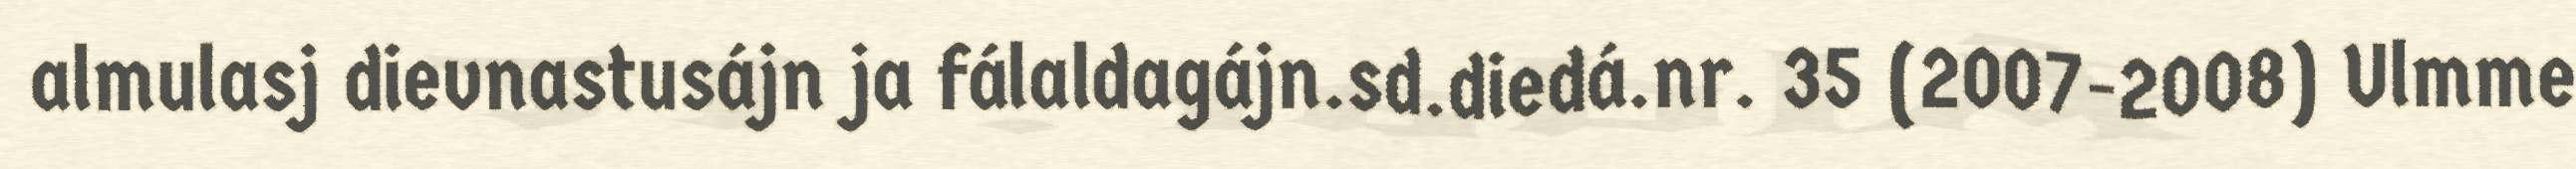
almulasj dievnastusájn ja fálaldagájn.sd.diedá.nr. 35 (2007-2008) Ulmme